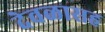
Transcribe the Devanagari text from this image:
देवळासह